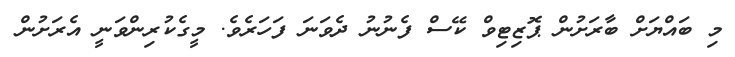
މި ބައްޔަށް ބާރަށުން ޕޮޒިޓިވް ކޭސް ފެނުނު ދެވަނަ ފަހަރެވެ. މީގެކުރިންވަނީ އެރަށުން